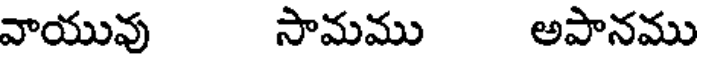
వాయువు సామము అపానము